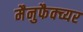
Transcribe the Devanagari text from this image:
मैनुफैक्च्यर